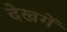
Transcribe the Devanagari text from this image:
देखगें